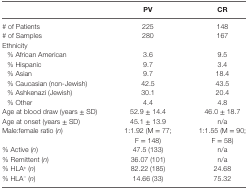
<table><thead><tr><td></td><td><b>PV</b></td><td><b>CR</b></td></tr></thead><tbody><tr><td># of Patients</td><td>225</td><td>148</td></tr><tr><td># of Samples</td><td>280</td><td>167</td></tr><tr><td colspan="3">Ethnicity</td></tr><tr><td> % African American</td><td>3.6</td><td>9.5</td></tr><tr><td> % Hispanic</td><td>9.7</td><td>3.4</td></tr><tr><td> % Asian</td><td>9.7</td><td>18.4</td></tr><tr><td> % Caucasian (non-Jewish)</td><td>42.5</td><td>43.5</td></tr><tr><td> % Ashkenazi (Jewish)</td><td>30.1</td><td>20.4</td></tr><tr><td> % Other</td><td>4.4</td><td>4.8</td></tr><tr><td>Age at blood draw (years ± SD)</td><td>52.9 ± 14.4</td><td>46.0 ± 18.7</td></tr><tr><td>Age at onset (years ± SD)</td><td>45.1 ± 13.9</td><td>n/a</td></tr><tr><td>Male:female ratio (<i>n</i>)</td><td>1:1.92 (M = 77; F = 148)</td><td>1:1.55 (M = 90; F = 58)</td></tr><tr><td>% Active (<i>n</i>)</td><td>47.5 (133)</td><td>n/a</td></tr><tr><td>% Remittent (<i>n</i>)</td><td>36.07 (101)</td><td>n/a</td></tr><tr><td>% HLA<sup>+</sup> (<i>n</i>)</td><td>82.22 (185)</td><td>24.68</td></tr><tr><td>% HLA<sup>−</sup> (<i>n</i>)</td><td>14.66 (33)</td><td>75.32</td></tr></tbody></table>